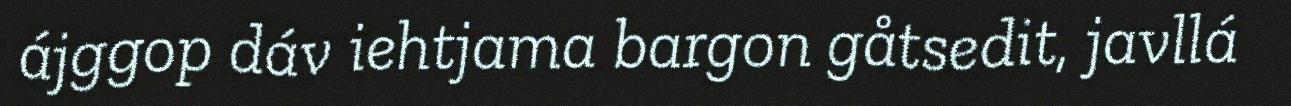
ájggop dáv iehtjama bargon gåtsedit, javllá